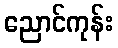
ညောင်ကုန်း